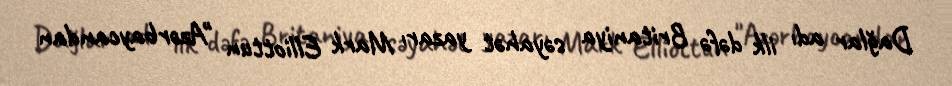
Dağlar adı ilk dəfə Britaniya səyahət yazarı Mark Elliottun "Azərbaycandan